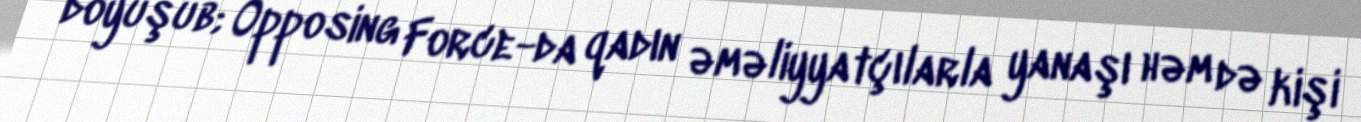
döyüşüb; Opposing Force-da qadın əməliyyatçılarla yanaşı həm də kişi